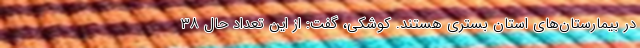
در بیمارستان‌های استان بستری هستند. کوشکی، گفت: از این تعداد حال ۳۸